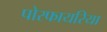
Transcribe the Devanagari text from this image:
पोरफायरिया